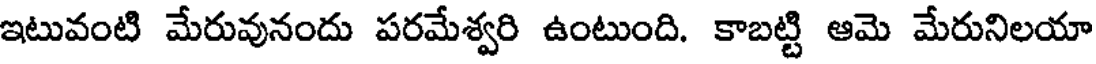
ఇటువంటి మేరువునందు పరమేశ్వరి ఉంటుంది. కాబట్టి ఆమె మేరునిలయా